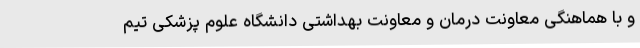
و با هماهنگی معاونت درمان و معاونت بهداشتی دانشگاه علوم پزشکی تیم